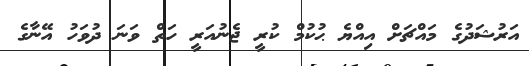
އަރުޝަދުގެ މައްޗަށް އިއްޔެ ޙުކުމް ކުރީ ޖެނުއަރީ ހަތް ވަނަ ދުވަހު އޭނާގެ